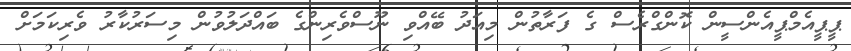
ޕީޕީއެމްޕީއެންސީން ކޮންގްރެސް ގެ ފަރާތުން މިއަދު ބޭއްވި ނޫސްވެރިންގެ ބައްދަލުވުން މިސަރުކާރު ވެރިކަމަށް